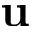
\mathbf { u }